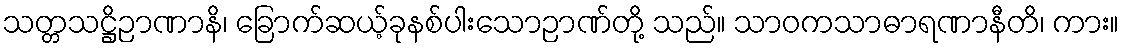
သတ္တသဋ္ဌိဉာဏာနိ၊ ခြောက်ဆယ့်ခုနစ်ပါးသောဉာဏ်တို့ သည်။ သာဝကသာဓာရဏာနီတိ၊ ကား။